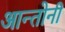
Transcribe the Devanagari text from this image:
आन्तोनी